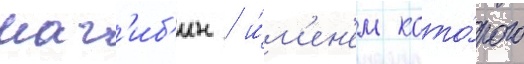
наг'иб'ин / и́м'ен'ем кото́рого